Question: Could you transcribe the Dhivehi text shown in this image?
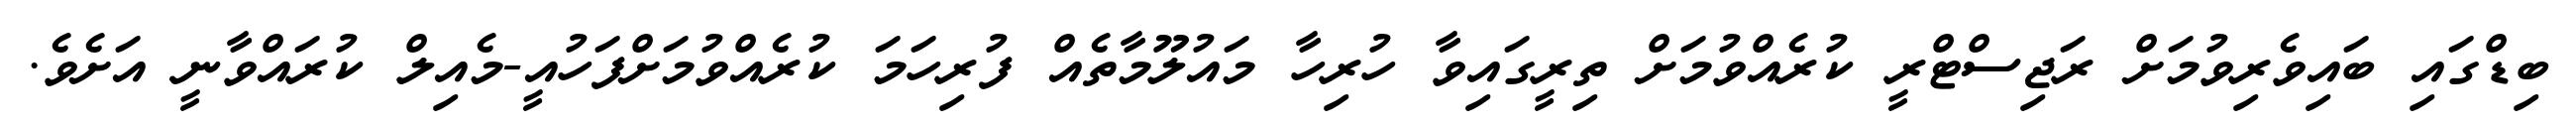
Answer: ބިޑްގައި ބައިވެރިވުމަށް ރަޖިސްޓްރީ ކުރެއްވުމަށް ތިރީގައިވާ ހުރިހާ މައުލޫމާތެއް ފުރިހަމަ ކުރެއްވުމަށްފަހުއީ-މެއިލް ކުރައްވާނީ އަށެވެ.